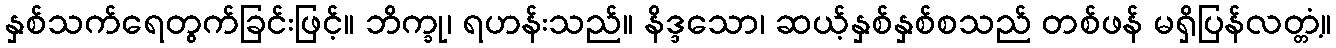
နှစ်သက်ရေတွက်ခြင်းဖြင့်။ ဘိက္ခု၊ ရဟန်းသည်။ နိဒ္ဒသော၊ ဆယ့်နှစ်နှစ်စသည် တစ်ဖန် မရှိပြန်လတ္တံ့။